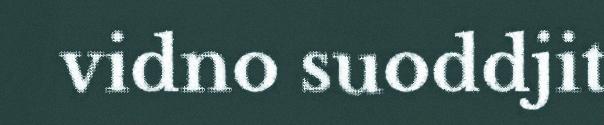
vidno suoddjit